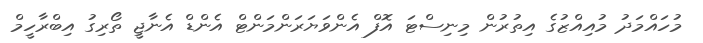
މުހައްމަދު މުއިއްޒުގެ އިތުރުން މިނިސްޓަ އޮފް އެންވަޔަރަންމަންޓް އެންޑް އެނާޖީ ތޯރިގު އިބްރާހީމް